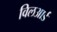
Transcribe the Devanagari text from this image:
विलआर्ड